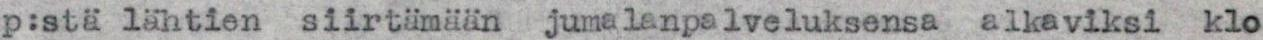
p:stä lähtien siirtämään jumalanpalveluksensa alkaviksi klo